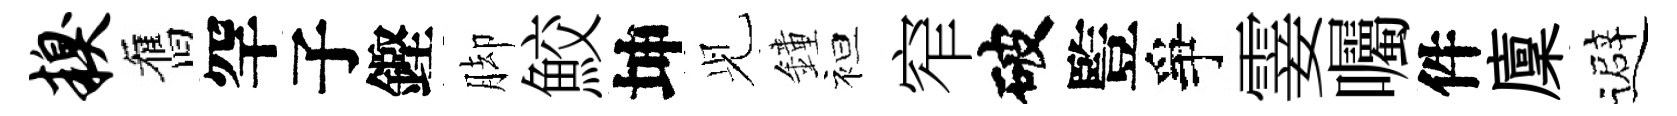
糗舊罕子鏗脚鮫坤𫤗鐘袒窄破䜿爭霎囑件廩避